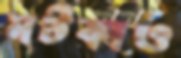
মটকাও